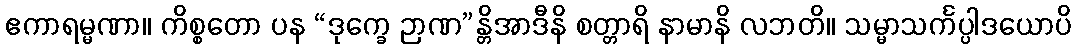
ဧကာရမ္မဏာ။ ကိစ္စတော ပန “ဒုက္ခေ ဉာဏ”န္တိအာဒီနိ စတ္တာရိ နာမာနိ လဘတိ။ သမ္မာသင်္ကပ္ပါဒယောပိ